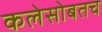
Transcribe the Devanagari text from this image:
कलेसोबतच